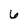
Character: 6